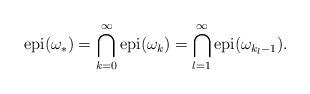
LaTeX: \begin{align*}\mathrm{epi}(\omega_*)=\bigcap_{k=0}^\infty \mathrm{epi}(\omega_k)=\bigcap_{l=1}^\infty\mathrm{epi}(\omega_{k_l-1}).\end{align*}